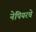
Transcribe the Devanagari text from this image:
नेपियरचे